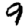
Digit: 9